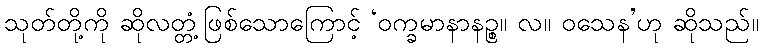
သုတ်တို့ကို ဆိုလတ္တံ့ဖြစ်သောကြောင့် ‘ဝက္ခမာနာနဉ္စ။ လ။ ဝသေန’ဟု ဆိုသည်။